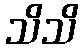
သိသိ